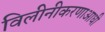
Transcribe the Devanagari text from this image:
विलीनीकरणाआधी